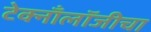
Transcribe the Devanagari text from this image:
टेक्नाँलॉजीचा